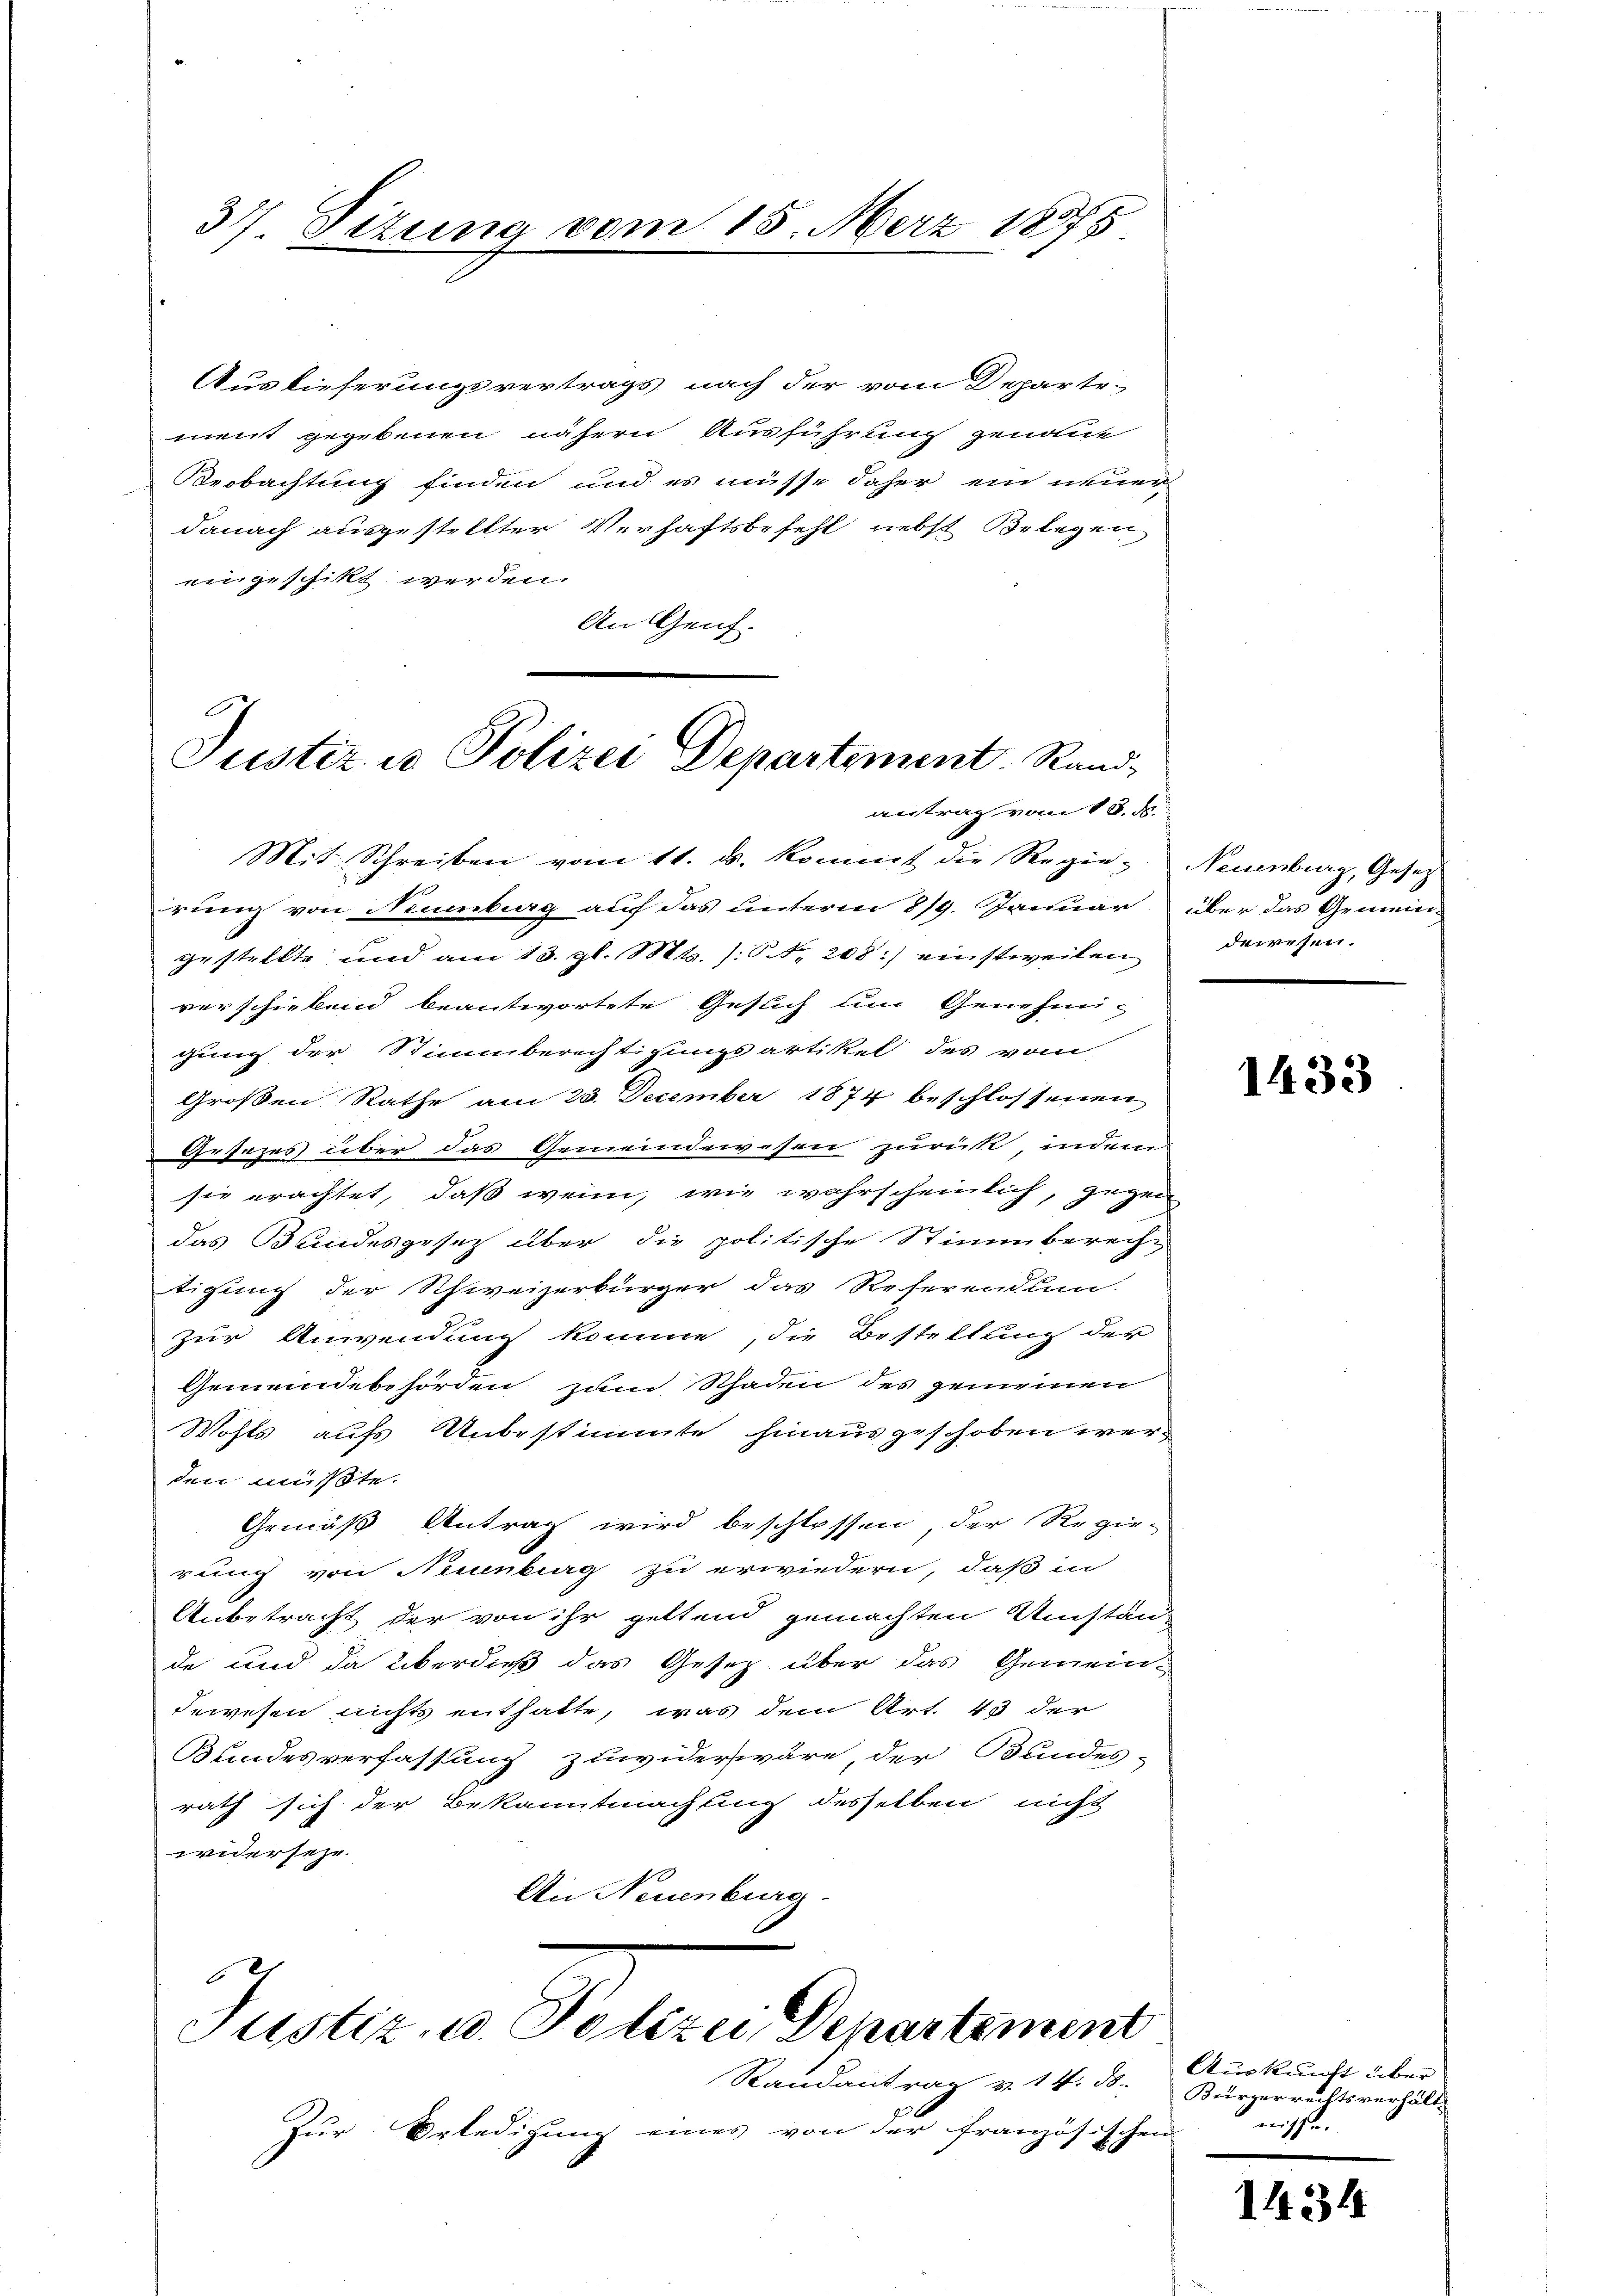
37 Fizuna vom 15. März 18975

Auslieferungsvertrags nach der vom Departe-
ment gegebenen nähern Ausführung genome
Beobachtung finden und es müsse daher ein neuer
danach ausgestellter Verhaftsbefehl, nebst Belegen
eingeschikt werden.
An Genf.

E
Justiz- u Polizei Departement. Rand¬

rung von Neumburg auf das unterm 819. Januar über das Gemein-
gestellte und am 13. gl. Mts. (: Nr. 208:) einstweilen
verschiebend beantwortete Gesuch um Genehmi-
gung der Stimmberechtigungsartikel des vom
Großen Rathe am 25. December 1874 beschlossenen
Gesezes über das Gemeindewesen zurück, indem
sie erachtet, daß wenn, wie wahrscheinlich, gegen
das Bundesgesetz über die politische Stimmberech-
tigung der Schweizerbürger das Referendlun-
zur Anwendung komme, die Bestellung der
Gemeindebehörden zum Schaden des gemeinen
Wohls aufs Unbestimmte hinausgeschoben werden müßte.
Gemäß Antrag wird beschlossen, der Regie-
rung von Neuenburg zu erwiedern, daß in
Anbetracht der von ihr geltend gemachten Umstän-
de und da überdieß das Gesetz über das Gemein-
dewesen nichts enthalte, was dem Art. 43 der
Bundesverfassung zuwiderswväre, der Bundes-
rath sich der Bekanntmachung desselben nicht
widersehe
An Neuenburg.

Mit Schreiben vom 11. u. kommt die Regie- Neuenburg, Gesetz

antrag vom 18. d.

Randantrag v. 14. ds.
Zur Erledigung eines von der französische

e
Justiz- u. Polizei Departement

dewesen.

1433

Auskunft über
Kürzerrechtsverhält.
nisse.
n

1434